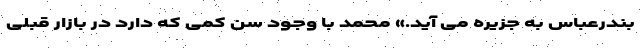
بندرعباس به جزیره می آید.» محمد با وجود سن کمی که دارد در بازار قبلی